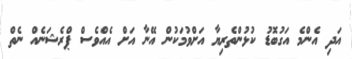
އަދި އެންމެ އަގުބޮޑު ކުޅުންތެރިޔާ އަށްވުމަކުން އޭނާ އަށް އެއްވެސް ޕްރެޝަނެއް ނެތް